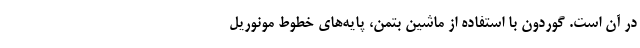
در آن است. گوردون با استفاده از ماشین بتمن، پایه‌های خطوط مونوریل